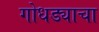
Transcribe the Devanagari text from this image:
गोधड्याचा